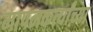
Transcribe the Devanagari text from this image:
मापनकर्त्यांच्या